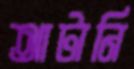
আটানি